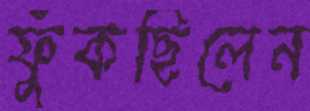
ফুঁকছিলেন